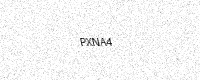
Text: PXNA4